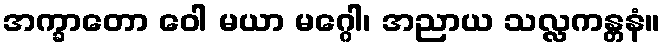
အက္ခာတော ဝေါ မယာ မဂ္ဂေါ၊ အညာယ သလ္လကန္တနံ။